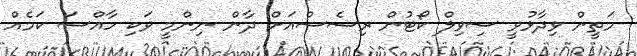
މަތީން ވިދާޅުވީ ސިވިލް ކޯޓުން ރިސެސްއަށް ދާން ނިންމީ ވަކި ހާއްސަ ކަމެއް